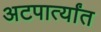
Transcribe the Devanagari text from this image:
अटपार्त्यांत